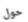
حول